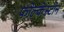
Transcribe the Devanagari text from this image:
फोल्केस्टोन